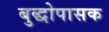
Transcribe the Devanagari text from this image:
बुद्धोपासक